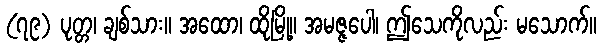
(၇၉) ပုတ္တ၊ ချစ်သား။ အထော၊ ထိုမြို့။ အမဇ္ဇပေါ၊ ဤသေကိုလည်း မသောက်။